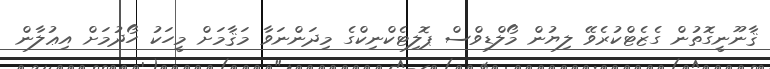
ޤާނޫނީގޮތުން ގެޒެޓްކުރެވޭ ލިޔުން މޯލްޑިވްސް ޕޮލިޓެކްނިކްގެ މިދަންނަވާ މަޤާމަށް މީހަކު ހޯދުމަށް އިޢުލާން